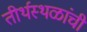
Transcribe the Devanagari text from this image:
तीर्थस्थळांची